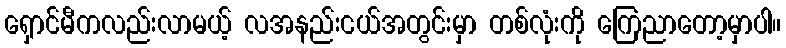
ရှောင်မီကလည်းလာမယ့် လအနည်းငယ်အတွင်းမှာ တစ်လုံးကို ကြေညာတော့မှာပါ။